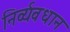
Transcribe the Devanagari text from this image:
निर्व्यवधान